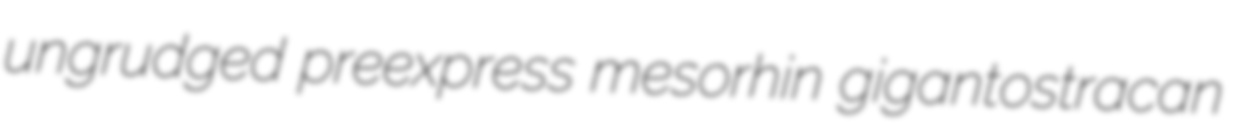
ungrudged preexpress mesorhin gigantostracan